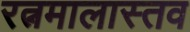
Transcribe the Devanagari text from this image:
रत्नमालास्तव